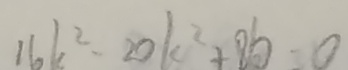
1 6 k ^ { 2 } - 2 0 k ^ { 2 } + 8 b = 0